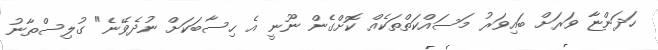
ހަދަންޏާ ވަރަށް ބައިވަރު މަސައްކަތްތަކެއް ކޮށްގެން ނޫނީ އެ ހިސާބަކަށް ނުދެވޭނެ" ގުލިސްތާނު